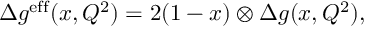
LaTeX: \Delta g ^ { \mathrm { e f f } } ( x , Q ^ { 2 } ) = 2 ( 1 - x ) \otimes \Delta g ( x , Q ^ { 2 } ) ,